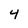
Character: 4